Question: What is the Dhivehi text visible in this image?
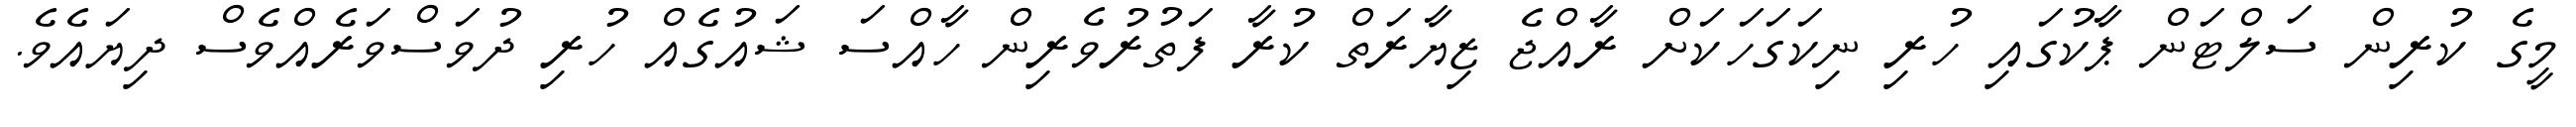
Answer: މީގެ ކުރިން ސަލްޓަން ޕާކުގައި ހުރި ނިކަގަހަކަށް ރާއްޖެ ޒިޔާރަތް ކުރާ ފަތުރުވެރިން ހާއްސަ ޝައުގެއް ހުރި ދުވަސްވަރެއްވެސް ދިޔައެވެ.